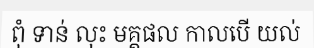
ពុំ ទាន់ លុះ មគ្គផល កាលបើ យល់